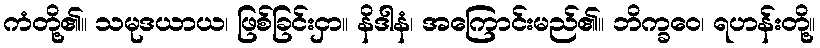
ကံတို့၏။ သမုဒယာယ၊ ဖြစ်ခြင်းငှာ။ နိဒါနံ၊ အကြောင်းမည်၏။ ဘိက္ခဝေ၊ ရဟန်းတို့။